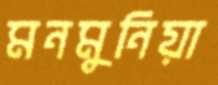
মনমুনিয়া